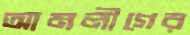
আমলীগের